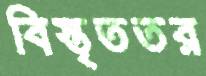
বিস্তৃততর